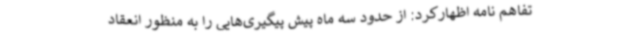
تفاهم نامه اظهارکرد: از حدود سه ماه پیش پیگیری‌هایی را به منظور انعقاد